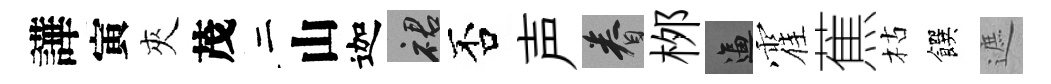
譁寅夾茂二山迦裙否声眷桞逼霍蕉枯饌遮